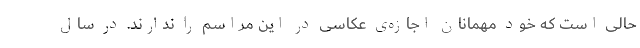
حالی است که خود مهمانان اجازه‌ی عکاسی در این مراسم را ندارند. در سال